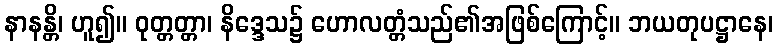
နာနန္တိ၊ ဟူ၍။ ဝုတ္တတ္တာ၊ နိဒ္ဒေသ၌ ဟောလတ္တံသည်၏အဖြစ်ကြောင့်။ ဘယတုပဋ္ဌာနေ၊